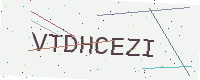
Text: VTDHCEZI